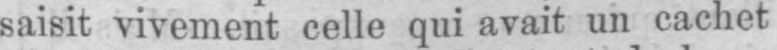
saisit vivement celle qui avait un cachet